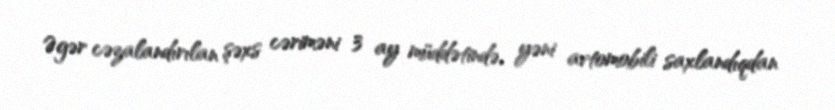
Əgər cəzalandırılan şəxs cəriməni 3 ay müddətində, yəni avtomobili saxlandıqdan